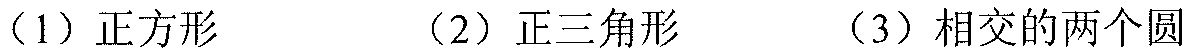
（1）正方形  （2）正三角形  （3）相交的两个圆